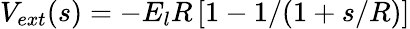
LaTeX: V_{ext}(s)=-E_{l}R\left[1-1/(1+s/R)\right]